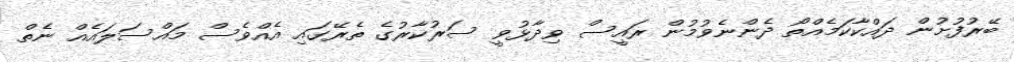
ބޭރުފުށުން ދައްކާކަމެއްތޯ ދެންނެވުމުން ރައީސް ވިދާޅުވީ ސަރުކާރުގެ ތެރޭގައި އެއްވެސް މައްސަލައެއް ނެތް